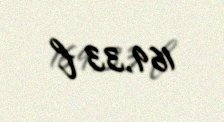
169,33 l